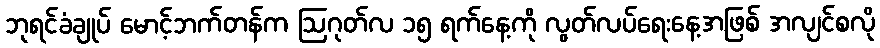
ဘုရင်ခံချုပ် မောင့်ဘက်တန်က ဩဂုတ်လ ၁၅ ရက်နေ့ကို လွတ်လပ်ရေးနေ့အဖြစ် အလျင်စလို